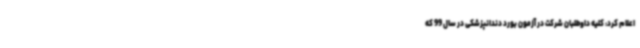
اعلام کرد: کلیه داوطلبان شرکت در آزمون بورد دندانپزشکی در سال 99 که